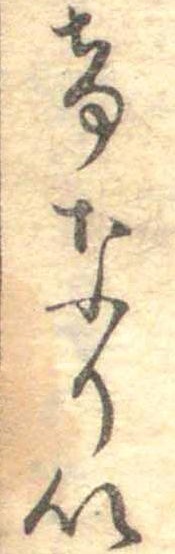
はなにつ